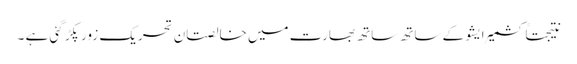
نتیجتاً کشمیر ایشو کے ساتھ ساتھ بھارت میں خالصتان تحریک زور پکڑ گئی ہے ۔